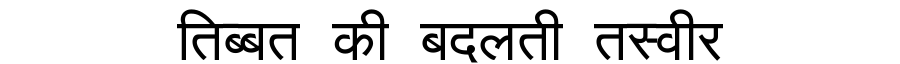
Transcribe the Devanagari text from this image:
तिब्बत की बदलती तस्वीर